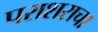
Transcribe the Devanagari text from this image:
पराशराचा